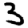
Digit: 3